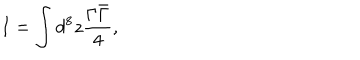
I = \int d ^ { 8 } z \frac { \Gamma \bar { \Gamma } } { 4 } ,